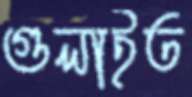
গুলাইত